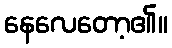
နေလေတော့၏။